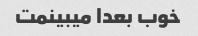
خوب بعدا میبینمت